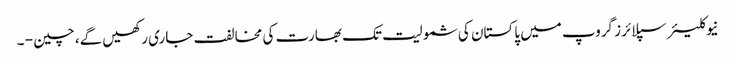
نیوکلیئرسپلائرز گروپ میں پاکستان کی شمولیت تک بھارت کی مخالفت جاری رکھیں گے، چین - ۔